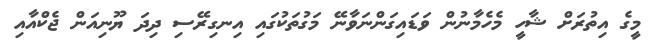
މީގެ އިތުރަށް ޝާހީ މެހެމާނުން ވަޑައިގަންނަވާނޭ މަގުތަކުގައި އިނގިރޭސި ދިދަ ޔޫނިއަން ޖެކްއާއި